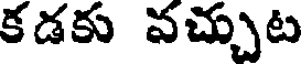
కడకు వచ్చుట